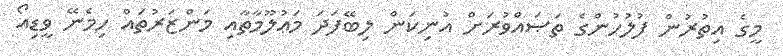
މީގެ އިތުރުން ފުލުހުންގެ ތަޞައްވުރަށް އުނިކަން ލިބޭފަދަ މަޢުލޫމާތާއި މަންޒަރުތައް ހިމެނޭ ވީޑިއޯ